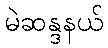
မဲဆန္ဒနယ်